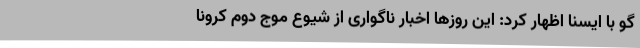
گو با ایسنا اظهار کرد: این روزها اخبار ناگواری از شیوع موج دوم کرونا